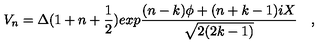
V _ { n } = \Delta ( 1 + n + { \frac { 1 } { 2 } } ) e x p { \frac { ( n - k ) \phi + ( n + k - 1 ) i X } { \sqrt { 2 ( 2 k - 1 ) } } } \quad ,